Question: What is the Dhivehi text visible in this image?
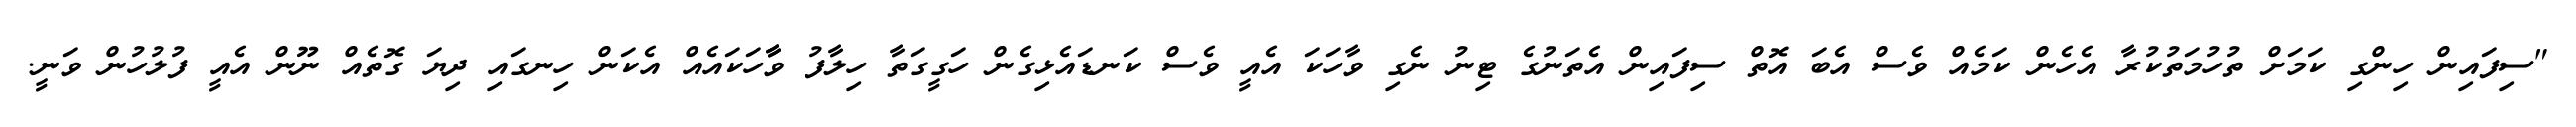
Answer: "ސިފައިން ހިންގި ކަމަށް ތުހުމަތުކުރާ އެހެން ކަމެއް ވެސް އެބަ އޮތް ސިފައިން އެތަނުގެ ޓިނު ނެގި ވާހަކަ އެއީ ވެސް ކަނޑައެޅިގެން ހަގީގަތާ ހިލާފު ވާާހަކައެއް އެކަން ހިނގައި ދިޔަ ގޮތެއް ނޫން އެއީ ފުލުހުން ވަނީ.